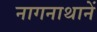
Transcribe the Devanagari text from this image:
नागनाथानें